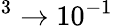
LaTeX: ^{3}\to 10^{-1}